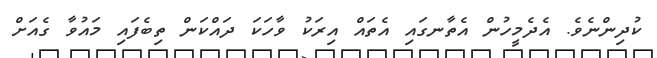
ކުދިންނެވެ. އެދެމީހުން އެތާނގައި އެތައް އިރަކު ވާހަކަ ދައްކަން ތިބެފައި މައުވާ ގެއަށް